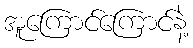
အူကြောင်ကြောင်နဲ့